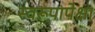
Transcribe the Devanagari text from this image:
स्वरूपापेक्षा